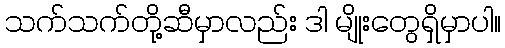
သက်သက်တို့ဆီမှာလည်း ဒါ မျိုးတွေရှိမှာပါ။